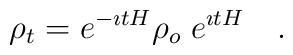
\rho _t =   e^{-\imath t H} \rho _o \; e^{\imath t H}      ~~~.